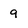
Character: q